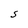
Character: S